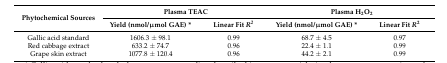
<table><thead><tr><td rowspan="2"><b>Phytochemical Sources</b></td><td colspan="2"><b>Plasma TEAC</b></td><td colspan="2"><b>Plasma H<sub>2</sub>O<sub>2</sub></b></td></tr><tr><td><b>Yield (nmol/μmol GAE) *</b></td><td><b>Linear Fit <i>R<sup>2</sup></i></b></td><td><b>Yield (nmol/μmol GAE) *</b></td><td><b>Linear Fit <i>R</i><sup>2</sup></b></td></tr></thead><tbody><tr><td>Gallic acid standard</td><td>1606.3 ± 98.1</td><td>0.99</td><td>68.7 ± 4.5</td><td>0.97</td></tr><tr><td>Red cabbage extract</td><td>633.2 ± 74.7</td><td>0.96</td><td>22.4 ± 1.1</td><td>0.99</td></tr><tr><td>Grape skin extract</td><td>1077.8 ± 120.4</td><td>0.96</td><td>44.2 ± 2.1</td><td>0.99</td></tr></tbody></table>